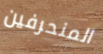
المنحرفين